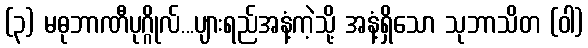
(၃) မဓုဘာဏီပုဂ္ဂိုလ်...ပျားရည်အနံ့ကဲ့သို့ အနံ့ရှိသော သုဘာသိတ (ဝါ)